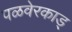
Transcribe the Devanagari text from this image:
पळवेरकाड्